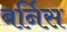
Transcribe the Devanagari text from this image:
बर्निस